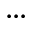
\ldots